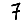
Digit: 7